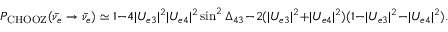
P _ { \mathrm { C H O O Z } } ( \bar { \nu _ { e } } \to \bar { \nu _ { e } } ) \simeq 1 - 4 | U _ { e 3 } | ^ { 2 } | U _ { e 4 } | ^ { 2 } \sin ^ { 2 } \Delta _ { 4 3 } - 2 ( | U _ { e 3 } | ^ { 2 } + | U _ { e 4 } | ^ { 2 } ) ( 1 - | U _ { e 3 } | ^ { 2 } - | U _ { e 4 } | ^ { 2 } ) .